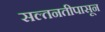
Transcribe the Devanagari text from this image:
सल्तनतीपासून